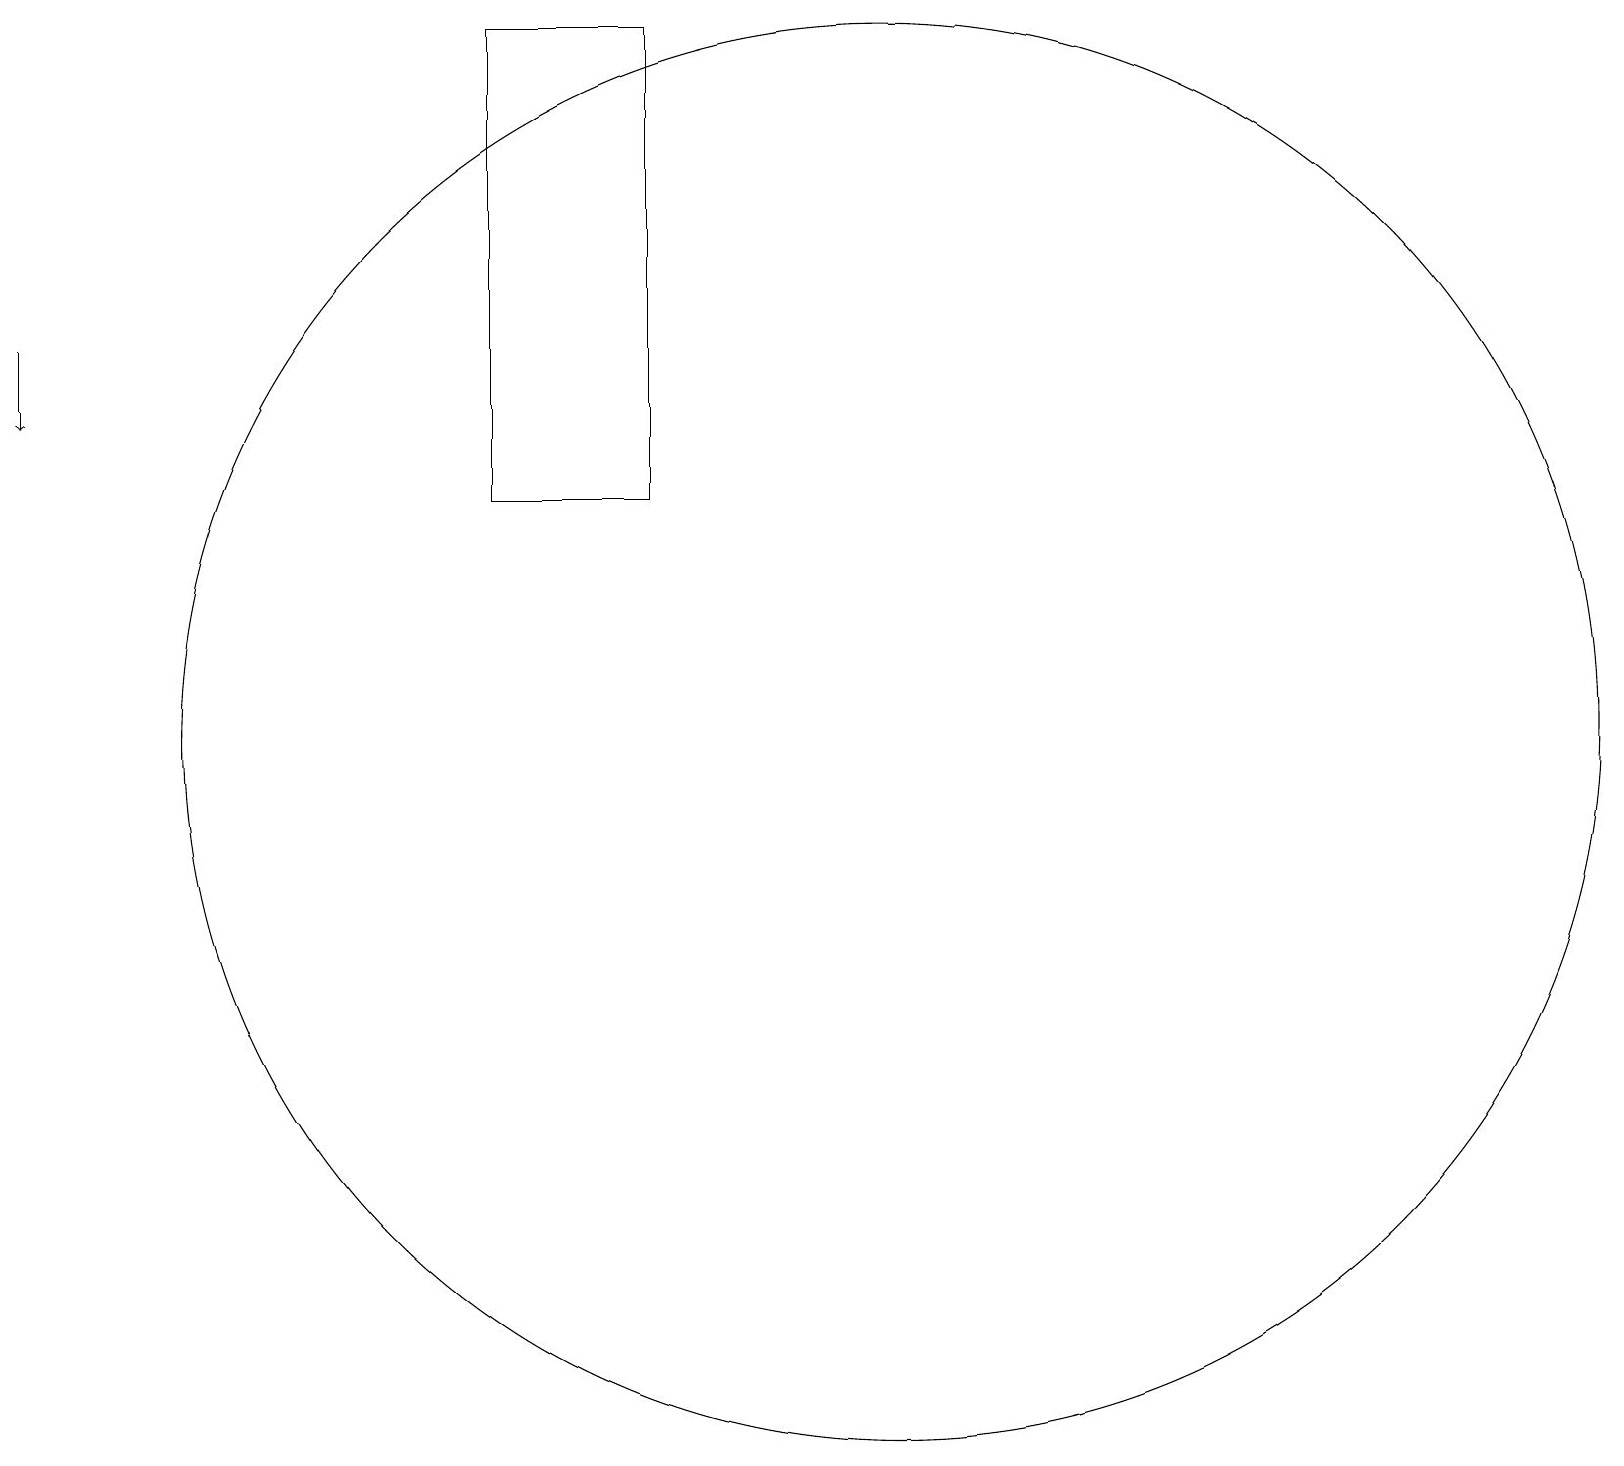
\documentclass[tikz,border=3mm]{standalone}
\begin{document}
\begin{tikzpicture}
\draw (9,19) rectangle (7,13);
\draw[->] (1,15) -- (1,14);
\draw (12,10) circle (9);
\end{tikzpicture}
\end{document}